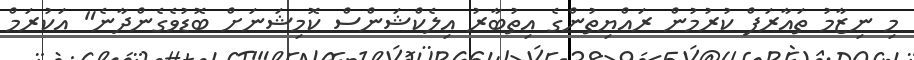
މި ނިޒާމު ތައާރަފް ކުރުމުން ރައްޔިތުންގެ އިތުބާރު އިލެކްޝަންސް ކޮމިޝަނަށް ބޮޑުވެގެންދާނެ" އަކުރަމް